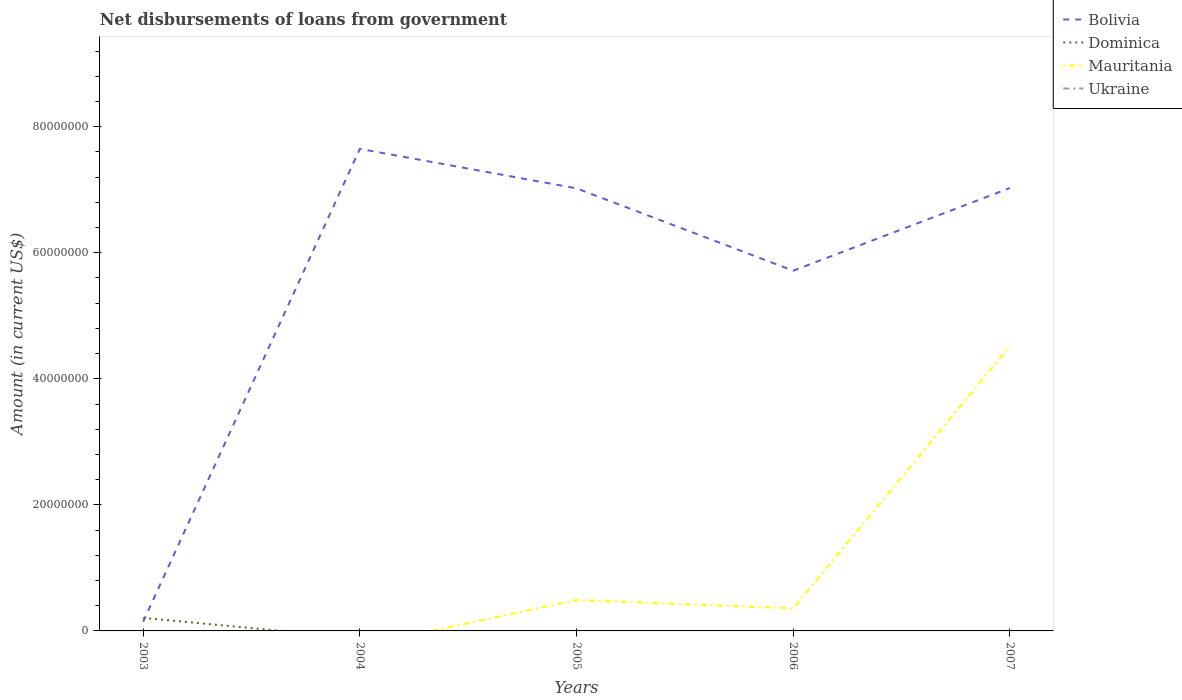
| Years | Bolivia | Dominica | Mauritania | Ukraine |
 | --- | --- | --- | --- | --- |
 | 2003 | 1.46e+06 | 2.07e+06 | -8.60e+06 | -1.66e+08 |
 | 2004 | 7.65e+07 | -1.16e+06 | -2.44e+06 | -2.01e+08 |
 | 2005 | 7.02e+07 | -1.1e+06 | 4.9e+06 | -2.74e+08 |
 | 2006 | 5.72e+07 | -2.11e+06 | 3.58e+06 | -2.8e+08 |
 | 2007 | 7.03e+07 | -3.45e+06 | 4.52e+07 | -2.49e+08 |